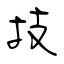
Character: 技